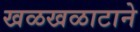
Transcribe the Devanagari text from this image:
खळखळाटाने